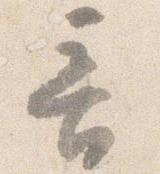
音